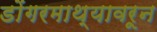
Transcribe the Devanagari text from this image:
डोंगरमाथ्यावरून